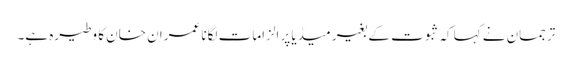
ترجمان نے کہا کہ ثبوت کے بغیر میڈیا پر الزامات لگانا عمران خان کا وطیرہ ہے۔